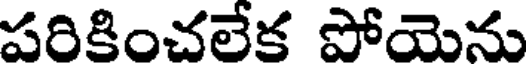
పరికించలేక పోయెను